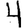
Digit: 4